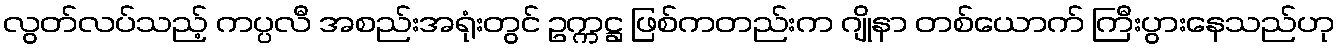
လွတ်လပ်သည့် ကပ္ပလီ အစည်းအရုံးတွင် ဥက္ကဋ္ဌ ဖြစ်ကတည်းက ဂျိုနာ တစ်ယောက် ကြီးပွားနေသည်ဟု